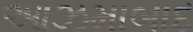
આઝમાબાદ